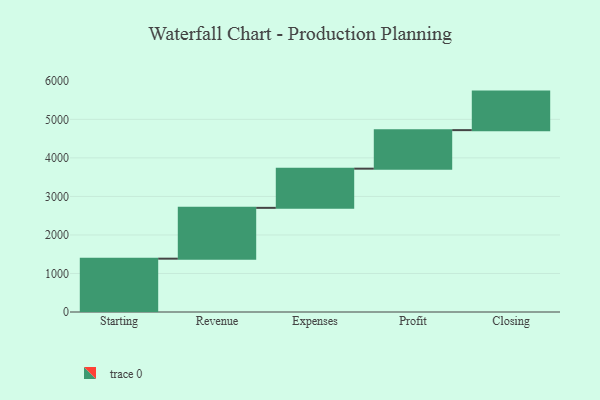
{"axis": {"x": "Step", "y": "Value"}, "legend": [""], "data": [{"x": "Starting", "y": 1384.0, "type": ""}, {"x": "Revenue", "y": 1319.0, "type": ""}, {"x": "Expenses", "y": 1017.0, "type": ""}, {"x": "Profit", "y": 1000, "type": ""}, {"x": "Closing", "y": 1000, "type": ""}]}